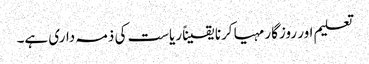
تعلیم اور روزگار مہیا کرنا یقیناً ریاست کی ذمہ داری ہے۔